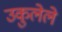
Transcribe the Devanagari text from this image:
उकुलेले